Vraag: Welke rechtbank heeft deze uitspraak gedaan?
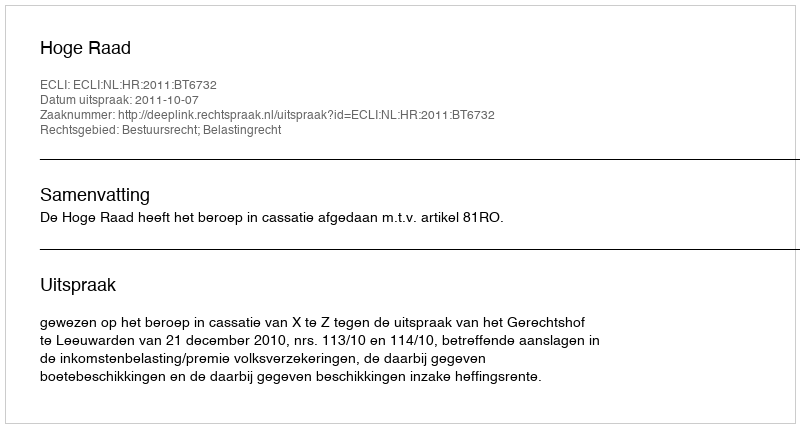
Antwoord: Hoge Raad